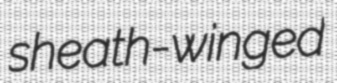
sheath-winged